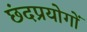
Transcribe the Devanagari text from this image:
छंदप्रयोगों